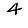
Digit: 4